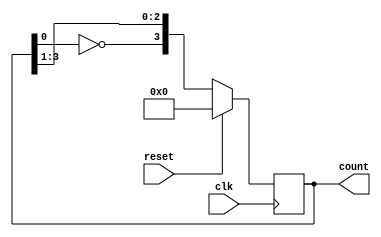
`timescale 1ns / 1ps
// Module Name: twisted_counter
module twisted_counter(clk,reset,count);
parameter N = 4;
input clk,reset;
output reg[N-1:0]count;

always@(posedge clk)
begin
       if(reset)
                count <= 0;
        else
                count <= {~count[0],count[N-1:1]};
end                                        
endmodule